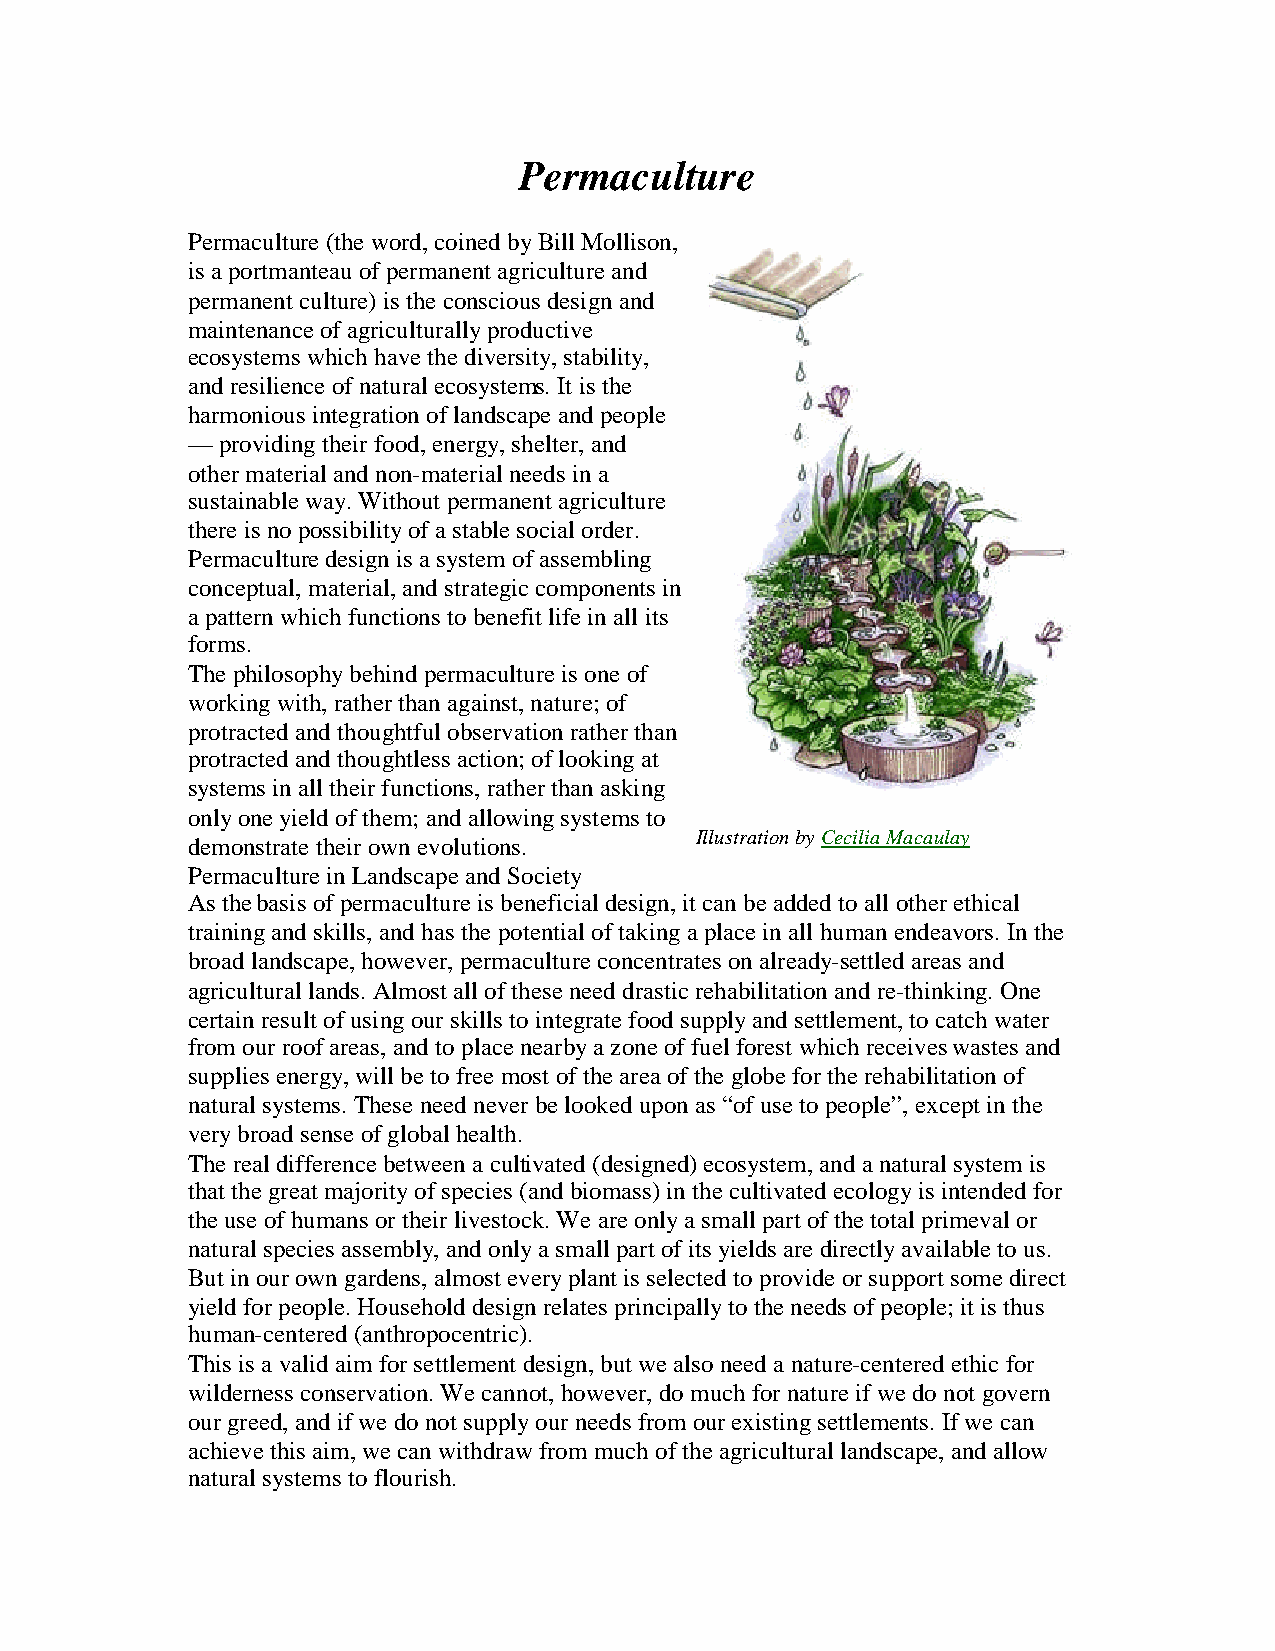
Permaculture
 Permaculture(theword,coinedbyBill Mollison,
 is aportmanteauofpermanent agricultureand
 permanent culture)is theconscious designand
 maintenanceofagriculturallyproductive
 ecosystems whichhavethediversity,stability,
 andresilienceofnatural ecosystems. It is the
 harmonious integrationoflandscapeandpeople
 —providingtheirfood,energy,shelter,and
 othermaterial andnon-material needs ina
 sustainableway.Without permanent agriculture
 thereis nopossibilityofastablesocial order.
 Permaculturedesignis asystem ofassembling
 conceptual,material,andstrategiccomponents in
 apatternwhichfunctions tobenefit lifeinall its
 forms.
 Thephilosophybehindpermacultureis oneof
 workingwith,ratherthanagainst,nature; of
 protractedandthoughtful observationratherthan
 protractedandthoughtless action; oflookingat
 systems inall theirfunctions, ratherthanasking
 onlyoneyieldofthem; andallowingsystems to
 Illustrationby CeciliaMacaulay
 demonstratetheirownevolutions.
 PermacultureinLandscapeandSociety
 As thebasis ofpermacultureis beneficial design,it canbeaddedtoall otherethical
 trainingandskills, andhas thepotential oftakingaplaceinall humanendeavors. Inthe
 broadlandscape,however,permacultureconcentrates onalready-settledareas and
 agricultural lands. Almost all oftheseneeddrasticrehabilitationandre-thinking.One
 certainresult ofusingourskills tointegratefoodsupplyandsettlement,tocatchwater
 from ourroofareas, andtoplacenearbyazoneoffuel forest whichreceiveswastes and
 supplies energy,will betofreemost oftheareaoftheglobefortherehabilitationof
 natural systems. Theseneedneverbelookeduponas “ofusetopeople”,except inthe
 verybroadsenseofglobal health.
 Thereal differencebetweenacultivated(designed)ecosystem,andanatural system is
 that thegreat majorityofspecies (andbiomass)inthecultivatedecologyis intendedfor
 theuseofhumans ortheirlivestock.Weareonlyasmall part ofthetotal primeval or
 natural species assembly,andonlyasmall part ofits yields aredirectlyavailabletous.
 But inourowngardens, almost everyplant is selectedtoprovideorsupport somedirect
 yieldforpeople.Householddesignrelates principallytotheneeds ofpeople; it is thus
 human-centered(anthropocentric).
 This is avalidaim forsettlement design,but wealso needanature-centeredethicfor
 wilderness conservation.Wecannot,however,domuchfornatureifwedonot govern
 ourgreed,andifwedonot supplyourneeds from ourexistingsettlements. Ifwecan
 achievethis aim,wecanwithdrawfrom muchoftheagricultural landscape,andallow
 natural systems toflourish.